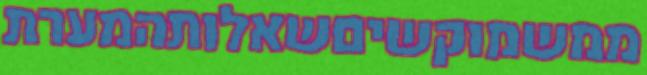
ממשמוקשיםשאלותהמערת